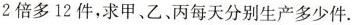
2倍多12件，求甲、乙、丙每天分别生产多少件.